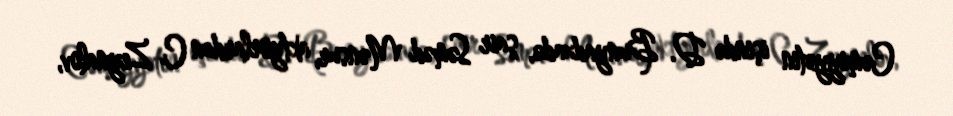
Cəmiyyətin işində D. Bunyadzadə, şair Səməd Mənsur, aktyorlardan C. Zeynalov,